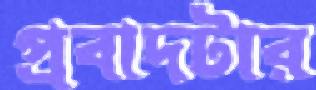
প্রবাদটার